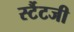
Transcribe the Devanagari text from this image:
र्स्टैटजी